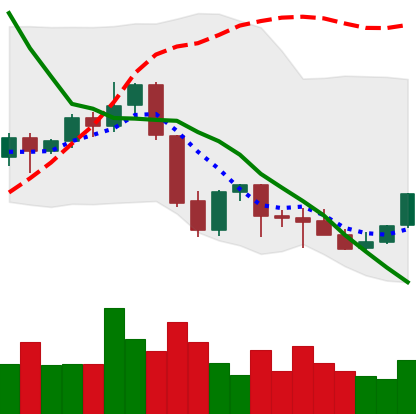
Ticker: EOS-USD
Chart end date: 2021-10-01
Forward return: 11.295%
Label: up_7plus